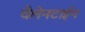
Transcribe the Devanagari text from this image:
वैलेनटाईन